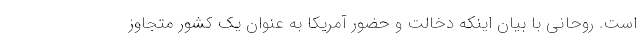
است. روحانی با بیان اینکه دخالت و حضور آمریکا به عنوان یک کشور متجاوز